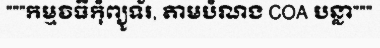
"""កម្មវិធីកុំព្យូទ័រ, តាមបំណង COA បន្លា"""